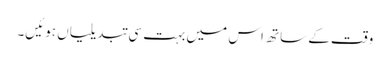
وقت کے ساتھ اس میں بہت سی تبدیلیاں ہوئیں۔